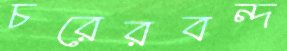
চরেরবন্দ